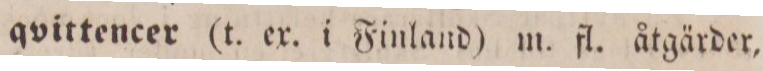
qvittencer (t. ex. i Finland) m. fl. åtgärder,